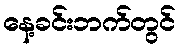
နေ့ခင်းဘက်တွင်